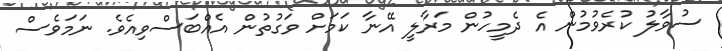
ސުވާލު ކުރެވުމުން އެ ދެމީހުން މަރާލީ އޭނާ ކަމަށް ވަގުތުން އެއްބަސްވިއެވެ. ނަމަވެސް